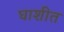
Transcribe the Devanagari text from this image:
घाशीत